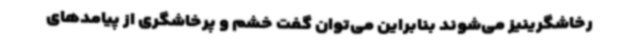
رخاشگرینیز می‌شوند بنابراین می‌توان گفت خشم و پرخاشگری از پیامدهای